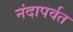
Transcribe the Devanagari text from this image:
नंदापर्वत